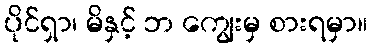
ပိုင်ရှာ၊ မိနှင့် ဘ ကျွေးမှ စားရမှာ။